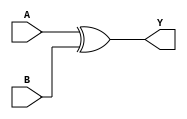
module XOR_gate_using_transmission_gates (
    input A, 
    input B, 
    output Y
);

wire A_pass, B_pass;

assign A_pass = A;
assign B_pass = B;

assign Y = A_pass ^ B_pass;

endmodule